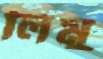
লিমু